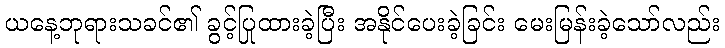
ယနေ့ဘုရားသခင်၏ ခွင့်ပြုထားခဲ့ပြီး အနိုင်ပေးခဲ့ခြင်း မေးမြန်းခဲ့သော်လည်း